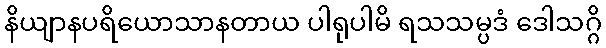
နိယျာနပရိယောသာနတာယ ပါရုပါမိ ရသသမ္ပဒံ ဒေါသဂ္ဂိ